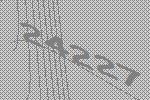
24227